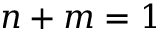
n + m = 1